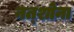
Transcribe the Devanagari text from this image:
नत्शोना